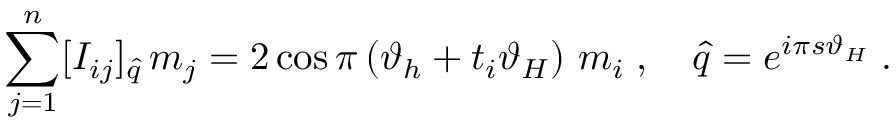
\sum _ { j = 1 } ^ { n } [ I _ { i j } ] _ { \hat { q } } \, m _ { j } = 2 \cos \pi \left( \vartheta _ { h } + t _ { i } \vartheta _ { H } \right) \, m _ { i } \; , \quad \hat { q } = e ^ { i \pi s \vartheta _ { H } } \; .